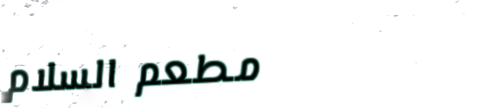
مطعم السلام